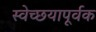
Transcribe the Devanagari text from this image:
स्वेच्छयापूर्वक